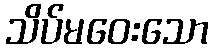
သိပ်မဝေးသော